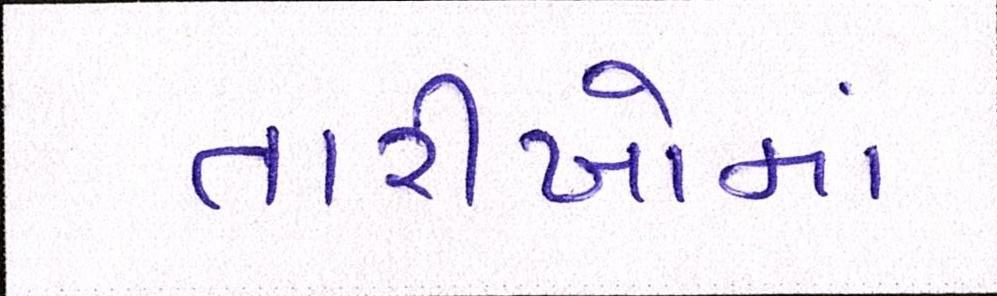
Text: તારીખોમાં